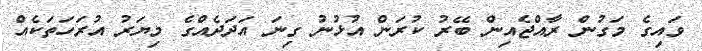
ވައިގެ މަގުން ރާއްޖެއިން ބޭރު ކުރަން އުޅުނު ގިނަ އަދަދެއްގެ މިޔަރު އުރަހަތަކެއް